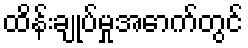
ထိန်းချုပ်မှုအောက်တွင်